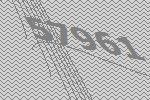
57961